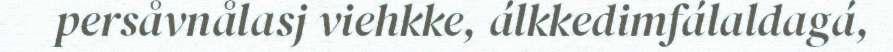
persåvnålasj viehkke, álkkedimfálaldagá,